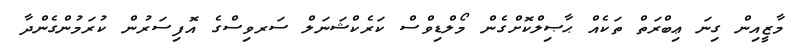
މާޒީއިން ގިނަ ޢިބްރަތް ތަކެއް ޙާޞިލްކޮށްގެން މޯލްޑިވްސް ކަރެކްޝަނަލް ސަރވިސްގެ އޮފިސަރުން ކުރަމުންގެންދާ